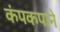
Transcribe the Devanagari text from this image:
कंपकपाने